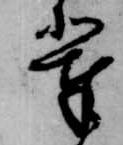
輩